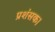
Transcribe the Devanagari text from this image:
प्रशंसक।